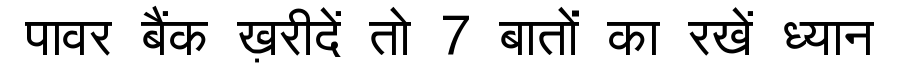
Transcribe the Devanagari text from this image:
पावर बैंक ख़रीदें तो 7 बातों का रखें ध्यान